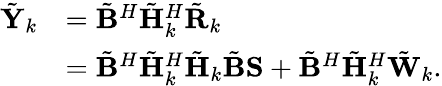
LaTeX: \begin{array}{rl}{\tilde{\mathbf{Y}}_{k}}&{=\tilde{\mathbf{B}}^{H}\tilde{\mathbf{H}}_{k}^{H}\tilde{\mathbf{R}}_{k}}\\ &{=\tilde{\mathbf{B}}^{H}\tilde{\mathbf{H}}_{k}^{H}\tilde{\mathbf{H}}_{k}\tilde{\mathbf{B}}\mathbf{S}+\tilde{\mathbf{B}}^{H}\tilde{\mathbf{H}}_{k}^{H}\tilde{\mathbf{W}}_{k}.}\end{array}